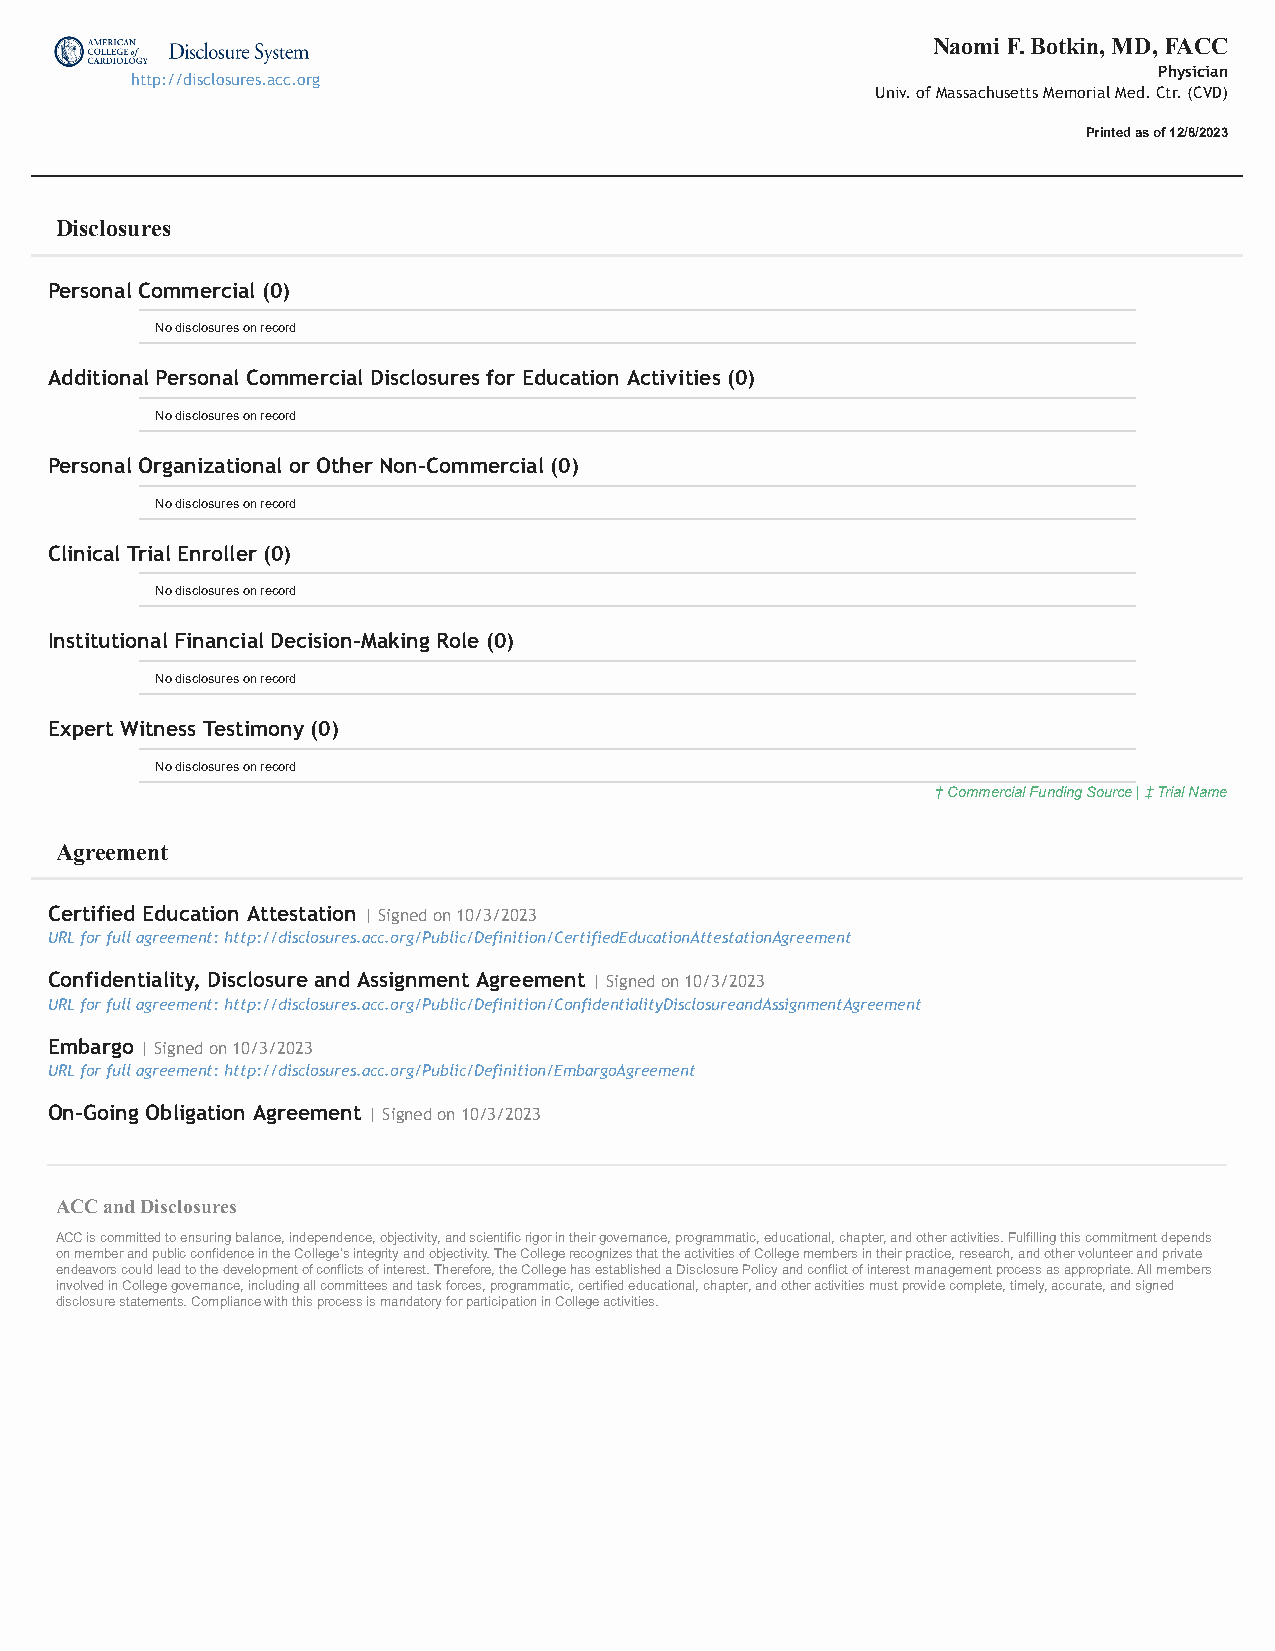
Naomi F. Botkin, MD, FACC
 Physician
 http://disclosures.acc.org
 Univ. of Massachusetts Memorial Med. Ctr. (CVD)
 Printed as of 12/8/2023
 Disclosures
 Personal Commercial (0)
 No disclosures on record
 Additional Personal Commercial Disclosures for Education Activities (0)
 No disclosures on record
 Personal Organizational or Other Non-Commercial (0)
 No disclosures on record
 Clinical Trial Enroller (0)
 No disclosures on record
 Institutional Financial Decision-Making Role (0)
 No disclosures on record
 Expert Witness Testimony (0)
 No disclosures on record
 † Commercial Funding Source | ‡ Trial Name
 Agreement
 Certified Education Attestation | Signed on 10/3/2023
 URL for full agreement: http://disclosures.acc.org/Public/Definition/CertifiedEducationAttestationAgreement
 Confidentiality, Disclosure and Assignment Agreement | Signed on 10/3/2023
 URL for full agreement: http://disclosures.acc.org/Public/Definition/ConfidentialityDisclosureandAssignmentAgreement
 Embargo | Signed on 10/3/2023
 URL for full agreement: http://disclosures.acc.org/Public/Definition/EmbargoAgreement
 On-Going Obligation Agreement | Signed on 10/3/2023
 ACC and Disclosures
 ACC is committed to ensuring balance, independence, objectivity, and scientific rigor in their governance, programmatic, educational, chapter, and other activities. Fulfilling this commitment depends
 on member and public confidence in the College’s integrity and objectivity. The College recognizes that the activities of College members in their practice, research, and other volunteer and private
 endeavors could lead to the development of conflicts of interest. Therefore, the College has established a Disclosure Policy and conflict of interest management process as appropriate. All members
 involved in College governance, including all committees and task forces, programmatic, certified educational, chapter, and other activities must provide complete, timely, accurate, and signed
 disclosure statements. Compliance with this process is mandatory for participation in College activities.